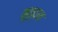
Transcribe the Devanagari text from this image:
मुकुवन